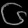
Digit: ၆